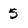
Character: 5